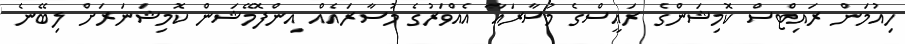
ހިއުމަން ރައިޓްސް ކޮމިޝަންގެ ރައީސްގެ މުސާރައާ އެއްވަރުގެ މުސާރައެއް އިންފޮމޭޝަން ކޮމިޝަނަރަށް ލިބޭނެ